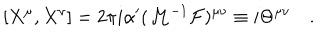
LaTeX: [ X ^ { \mu } , X ^ { \nu } ] = 2 \pi i \alpha ^ { \prime } ( { \cal M } ^ { - 1 } { \cal F } ) ^ { \mu \nu } \equiv i \Theta ^ { \mu \nu } \quad .